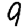
Digit: 9